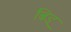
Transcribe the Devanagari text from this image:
बिड्